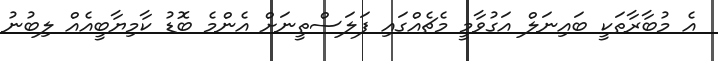
އެ މުބާރާތަކީ ބައިނަލް އަގުވާމީ މެޗެއްގައި ފަލަސްތީނަށް އެންމެ ބޮޑު ކާމިޔާބީއެއް ލިބުނު